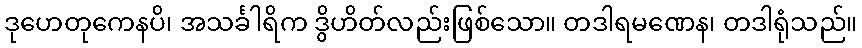
ဒုဟေတုကေနပိ၊ အသင်္ခါရိက ဒွိဟိတ်လည်းဖြစ်သော။ တဒါရမဏေန၊ တဒါရုံသည်။